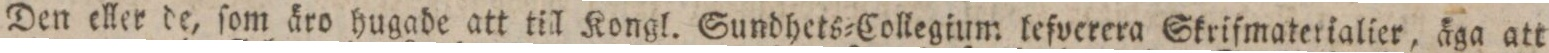
Den eller de, ſom äro hugade att till Kongl. Sundhets=Collegium leſverera Skriſmaterialíer, äga att